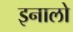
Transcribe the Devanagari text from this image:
इनालो